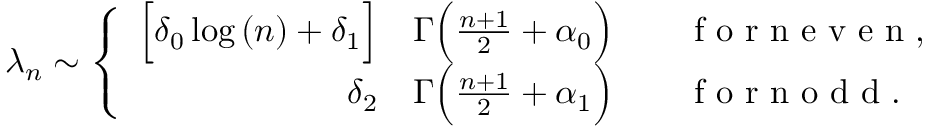
\lambda _ { n } \sim \left\{ \begin{array} { r l } { \Big [ \delta _ { 0 } \log { ( n ) } + \delta _ { 1 } \Big ] } & { { } \Gamma \Big ( \frac { n + 1 } { 2 } + \alpha _ { 0 } \Big ) \qquad \mathrm { ~ f ~ o ~ r ~ n ~ e ~ v ~ e ~ n ~ } , } \\ { \delta _ { 2 } } & { { } \Gamma \Big ( \frac { n + 1 } { 2 } + \alpha _ { 1 } \Big ) \qquad \mathrm { ~ f ~ o ~ r ~ n ~ o ~ d ~ d ~ } . } \end{array} \right.